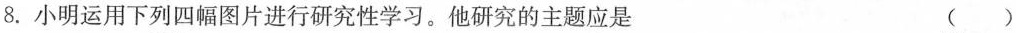
8.小明运用下列四幅图片进行研究性学习。他研究的主题应是 ( )